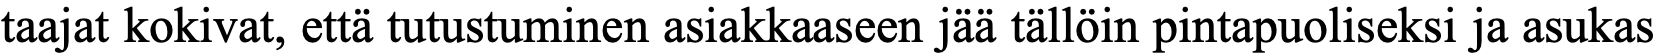
taajat kokivat, että tutustuminen asiakkaaseen jää tällöin pintapuoliseksi ja asukas